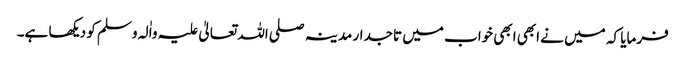
فرمایا کہ میں نے ابھی ابھی خواب میں تاجدار مدینہ صلی اللہ تعالیٰ علیہ واٰلہ وسلم کو دیکھا ہے۔